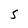
Character: 5